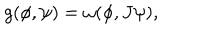
LaTeX: g ( \phi , \psi ) = \omega ( \phi , J \psi ) ,